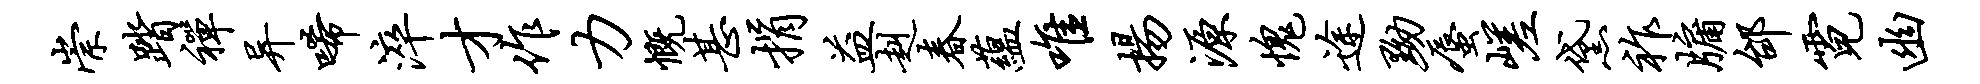
崇踏禅异唏淬才作力慨甚捐益赳春蕴唯扬源愧途黝蜃嵯黛祚牖邰霓幽